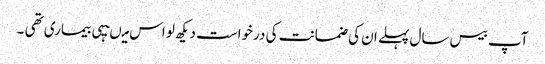
آپ بیس سال پہلے ان کی ضمانت کی درخواست دیکھ لو اس میںیہی بیماری تھی ۔